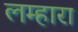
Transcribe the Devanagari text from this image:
लम्हारा